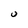
Character: U